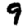
Digit: 9